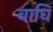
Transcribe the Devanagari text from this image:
बाघि